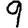
Digit: 9